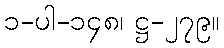
၁-ပါ-၁၄၈၊ ဋ္ဌ-၂၇၉။